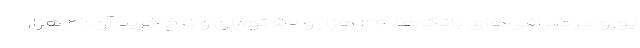
یورو در صرافی‌های بانک‌ها، ۳۰ هزار و ۵۰ تومان و نرخ خرید آن ۲۹ هزار